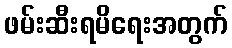
ဖမ်းဆီးရမိရေးအတွက်